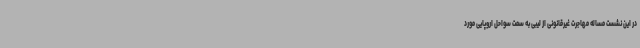
در این نشست مساله مهاجرت غیرقانونی از لیبی به سمت سواحل اروپایی مورد